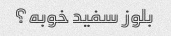
بلوز سفید خوبه؟